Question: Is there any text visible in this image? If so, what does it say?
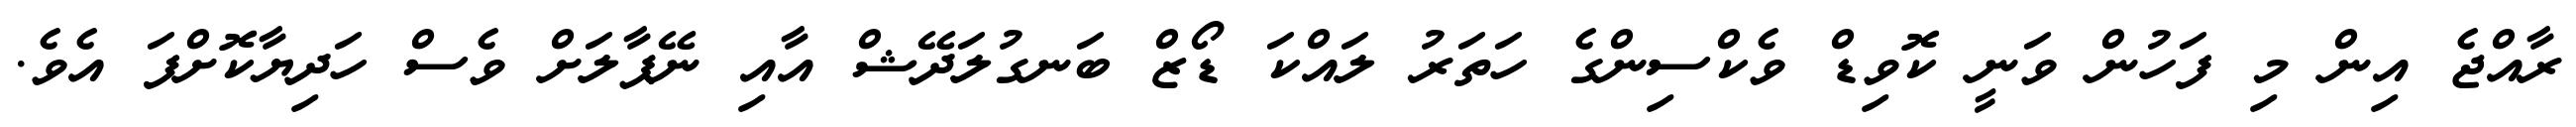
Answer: ރާއްޖެ އިން މި ފަހުން ވަނީ ކޮވިޑް ވެކްސިންގެ ހަތަރު ލައްކަ ޑޯޒް ބަނގުލަދޭޝް އާއި ނޭޕާލަށް ވެސް ހަދިޔާކޮށްފަ އެވެ.